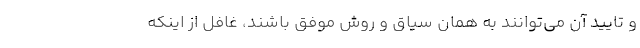
و تایید آن می‌توانند به همان سیاق و روش موفق باشند، غافل از اینکه